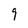
Character: 9